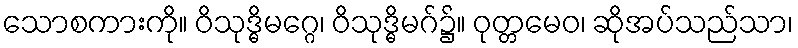
သောစကားကို။ ဝိသုဒ္ဓိမဂ္ဂေ၊ ဝိသုဒ္ဓိမဂ်၌။ ဝုတ္တမေဝ၊ ဆိုအပ်သည်သာ၊